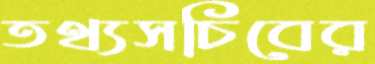
তথ্যসচিবের